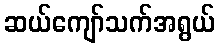
ဆယ်ကျော်သက်အရွယ်